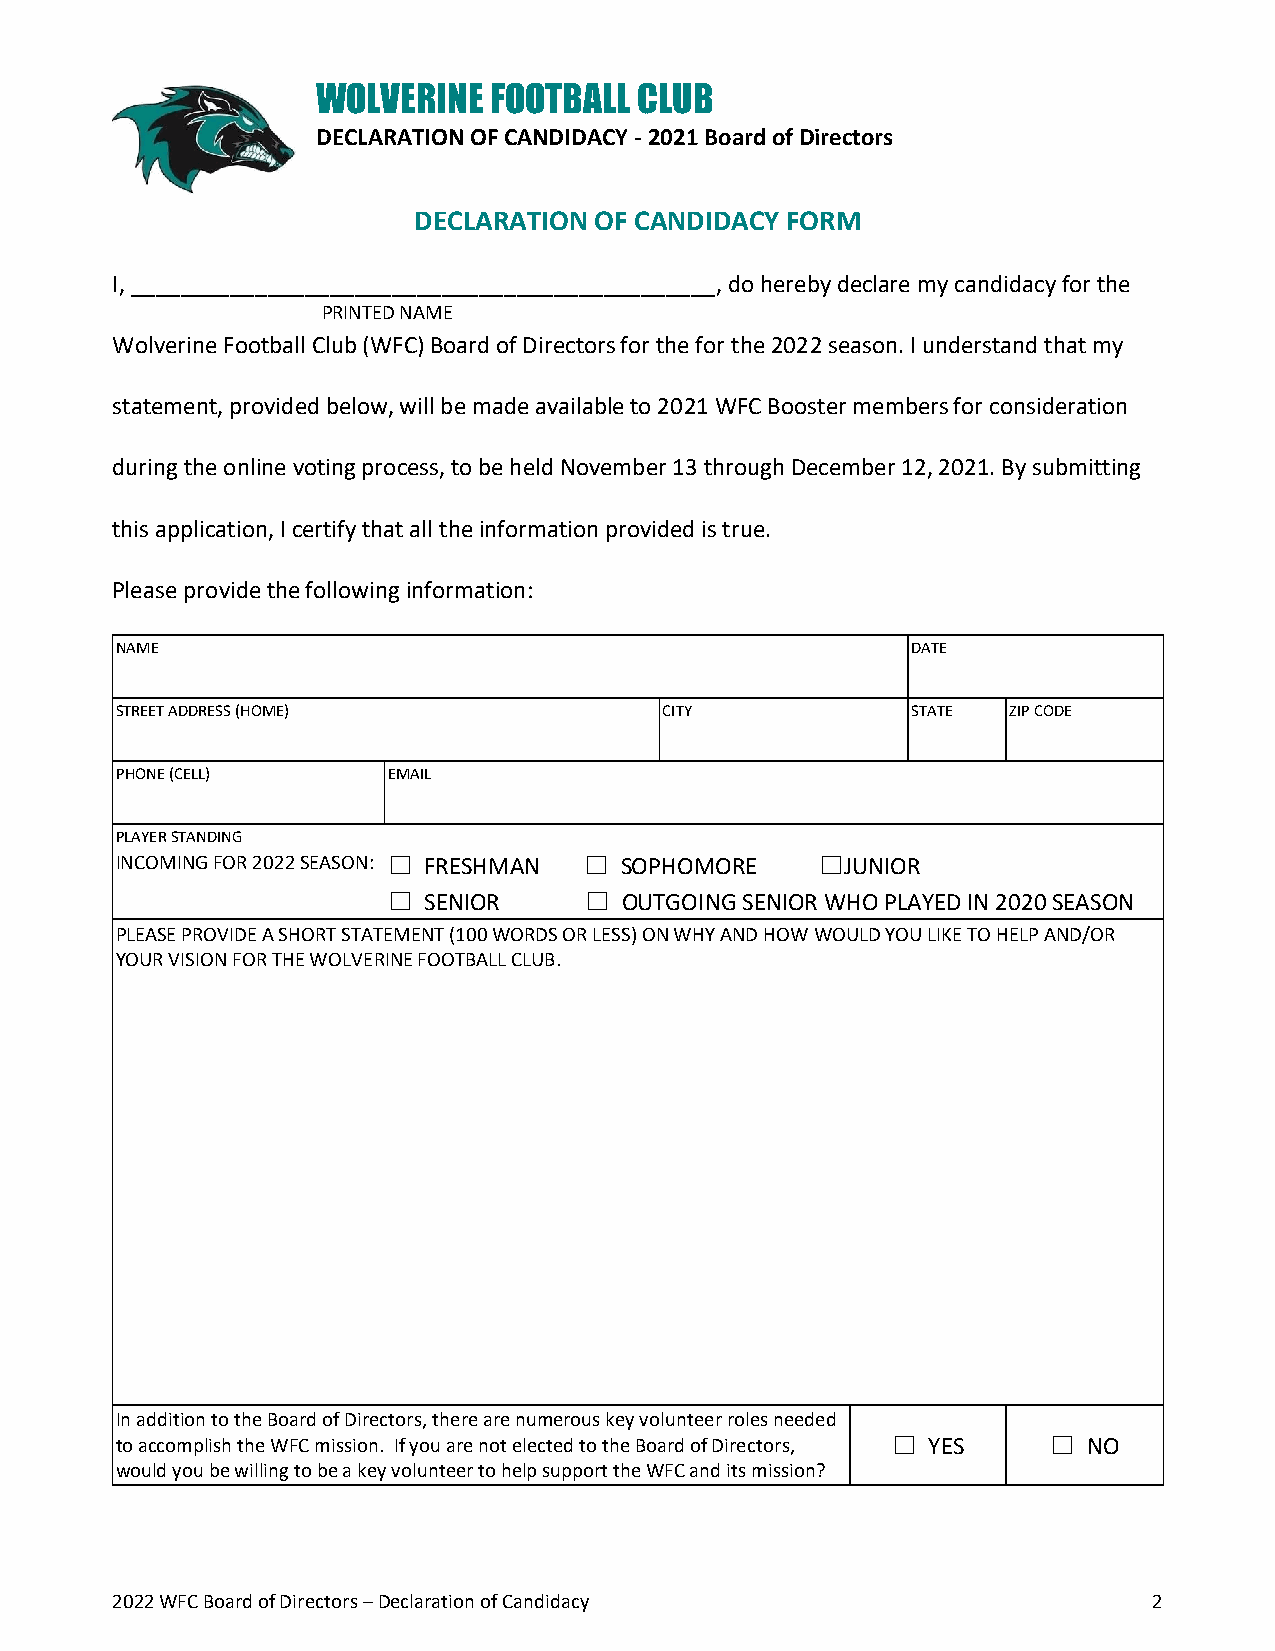
WOLVERINE  FOOTBALL  CLUB
 DECLARATION OF CANDIDACY - 2021 Board of Directors
 DECLARATION OF CANDIDACY FORM
 I, _______________________________________________, do hereby declare my candidacy for the
 PRINTED NAME
 Wolverine Football Club (WFC) Board of Directors for the for the 2022 season. I understand that my
 statement, provided below, will be made available to 2021 WFC Booster members for consideration
 during the online voting process, to be held November 13 through December 12, 2021. By submitting
 this application, I certify that all the information provided is true.
 Please provide the following information:
 NAME                                                DATE
 STREET ADDRESS (HOME)               CITY            STATE  ZIP CODE
 PHONE (CELL)      EMAIL
 PLAYER STANDING
 INCOMING FOR 2022 SEASON: ☐ FRESHMAN ☐ SOPHOMORE ☐JUNIOR
 ☐ SENIOR     ☐ OUTGOING SENIOR WHO PLAYED IN 2020 SEASON
 PLEASE PROVIDE A SHORT STATEMENT (100 WORDS OR LESS) ON WHY AND HOW WOULD YOU LIKE TO HELP AND/OR
 YOUR VISION FOR THE WOLVERINE FOOTBALL CLUB.
 In addition to the Board of Directors, there are numerous key volunteer roles needed
 to accomplish the WFC mission. If you are not elected to the Board of Directors, ☐ YES ☐ NO
 would you be willing to be a key volunteer to help support the WFC and its mission?
 2022 WFC Board of Directors – Declaration of Candidacy               2